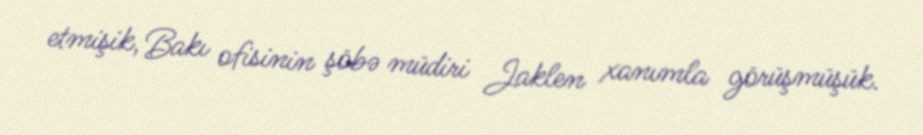
etmişik, Bakı ofisinin şöbə müdiri Jaklen xanımla görüşmüşük.